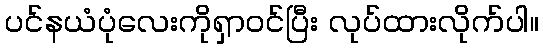
ပင်နယံပုံလေးကိုရှာဝင်ပြီး လုပ်ထားလိုက်ပါ။